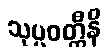
သုပ္ပဝတ္တီနိ